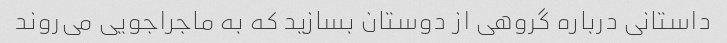
داستانی درباره گروهی از دوستان بسازید که به ماجراجویی می‌روند